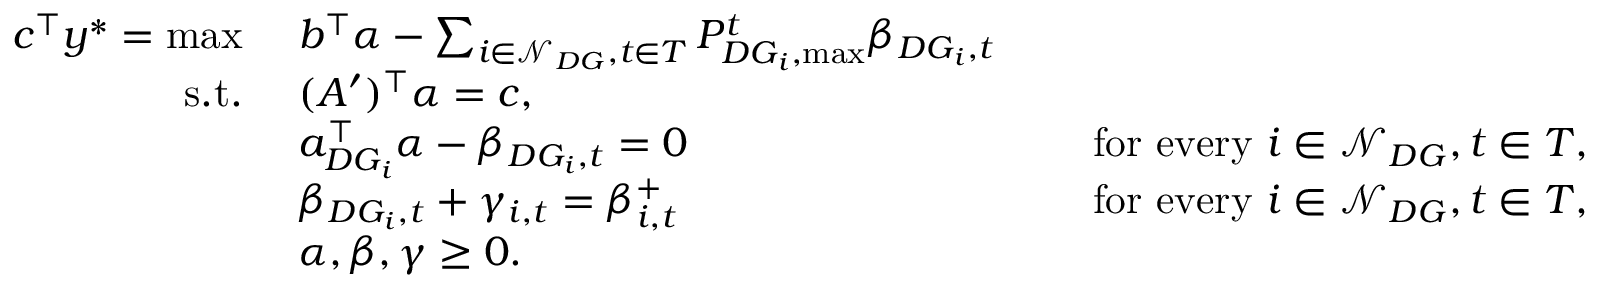
\begin{array} { r l r l } { c ^ { \top } y ^ { * } = \operatorname* { m a x } \ } & { b ^ { \top } \alpha - \sum _ { i \in \mathcal { N } _ { D G } , t \in T } P _ { D G _ { i } , \operatorname* { m a x } } ^ { t } \beta _ { D G _ { i } , t } } \\ { \mathrm { s . t . } \ } & { ( A ^ { \prime } ) ^ { \top } \alpha = c , } \\ & { a _ { D G _ { i } } ^ { \top } \alpha - \beta _ { D G _ { i } , t } = 0 } & & { \mathrm { ~ f o r ~ e v e r y ~ } i \in \mathcal { N } _ { D G } , t \in T , } \\ & { \beta _ { D G _ { i } , t } + \gamma _ { i , t } = \beta _ { i , t } ^ { + } } & & { \mathrm { ~ f o r ~ e v e r y ~ } i \in \mathcal { N } _ { D G } , t \in T , } \\ & { \alpha , \beta , \gamma \geq 0 . } \end{array}